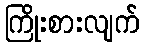
ကြိုးစားလျက်